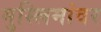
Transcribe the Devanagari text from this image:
मुस्लिमांवर